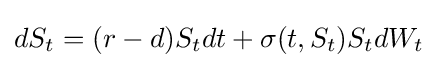
dS_{t}=(r-d)S_{t}dt+\sigma (t,S_{t})S_{t}dW_{t}